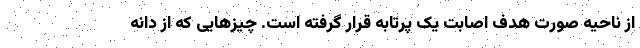
از ناحیه صورت هدف اصابت یک پرتابه قرار گرفته است. چیزهایی که از دانه